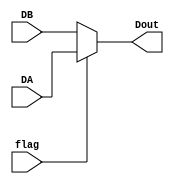
module mux6bits (DA, DB, Dout, flag);
	input [5:0] DA, DB;
	input flag;
	output reg [5:0] Dout;
	
	always @(*) begin
		if(flag)
			Dout = DA;
		else 
			Dout = DB;
	end

endmodule